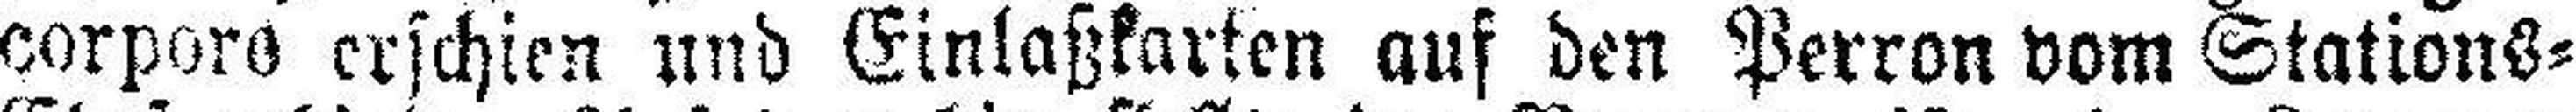
corpore erschien und Einlaßkarten auf den Perron vom Stations=